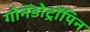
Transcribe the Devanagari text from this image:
गोनॅडोट्रॉपिन